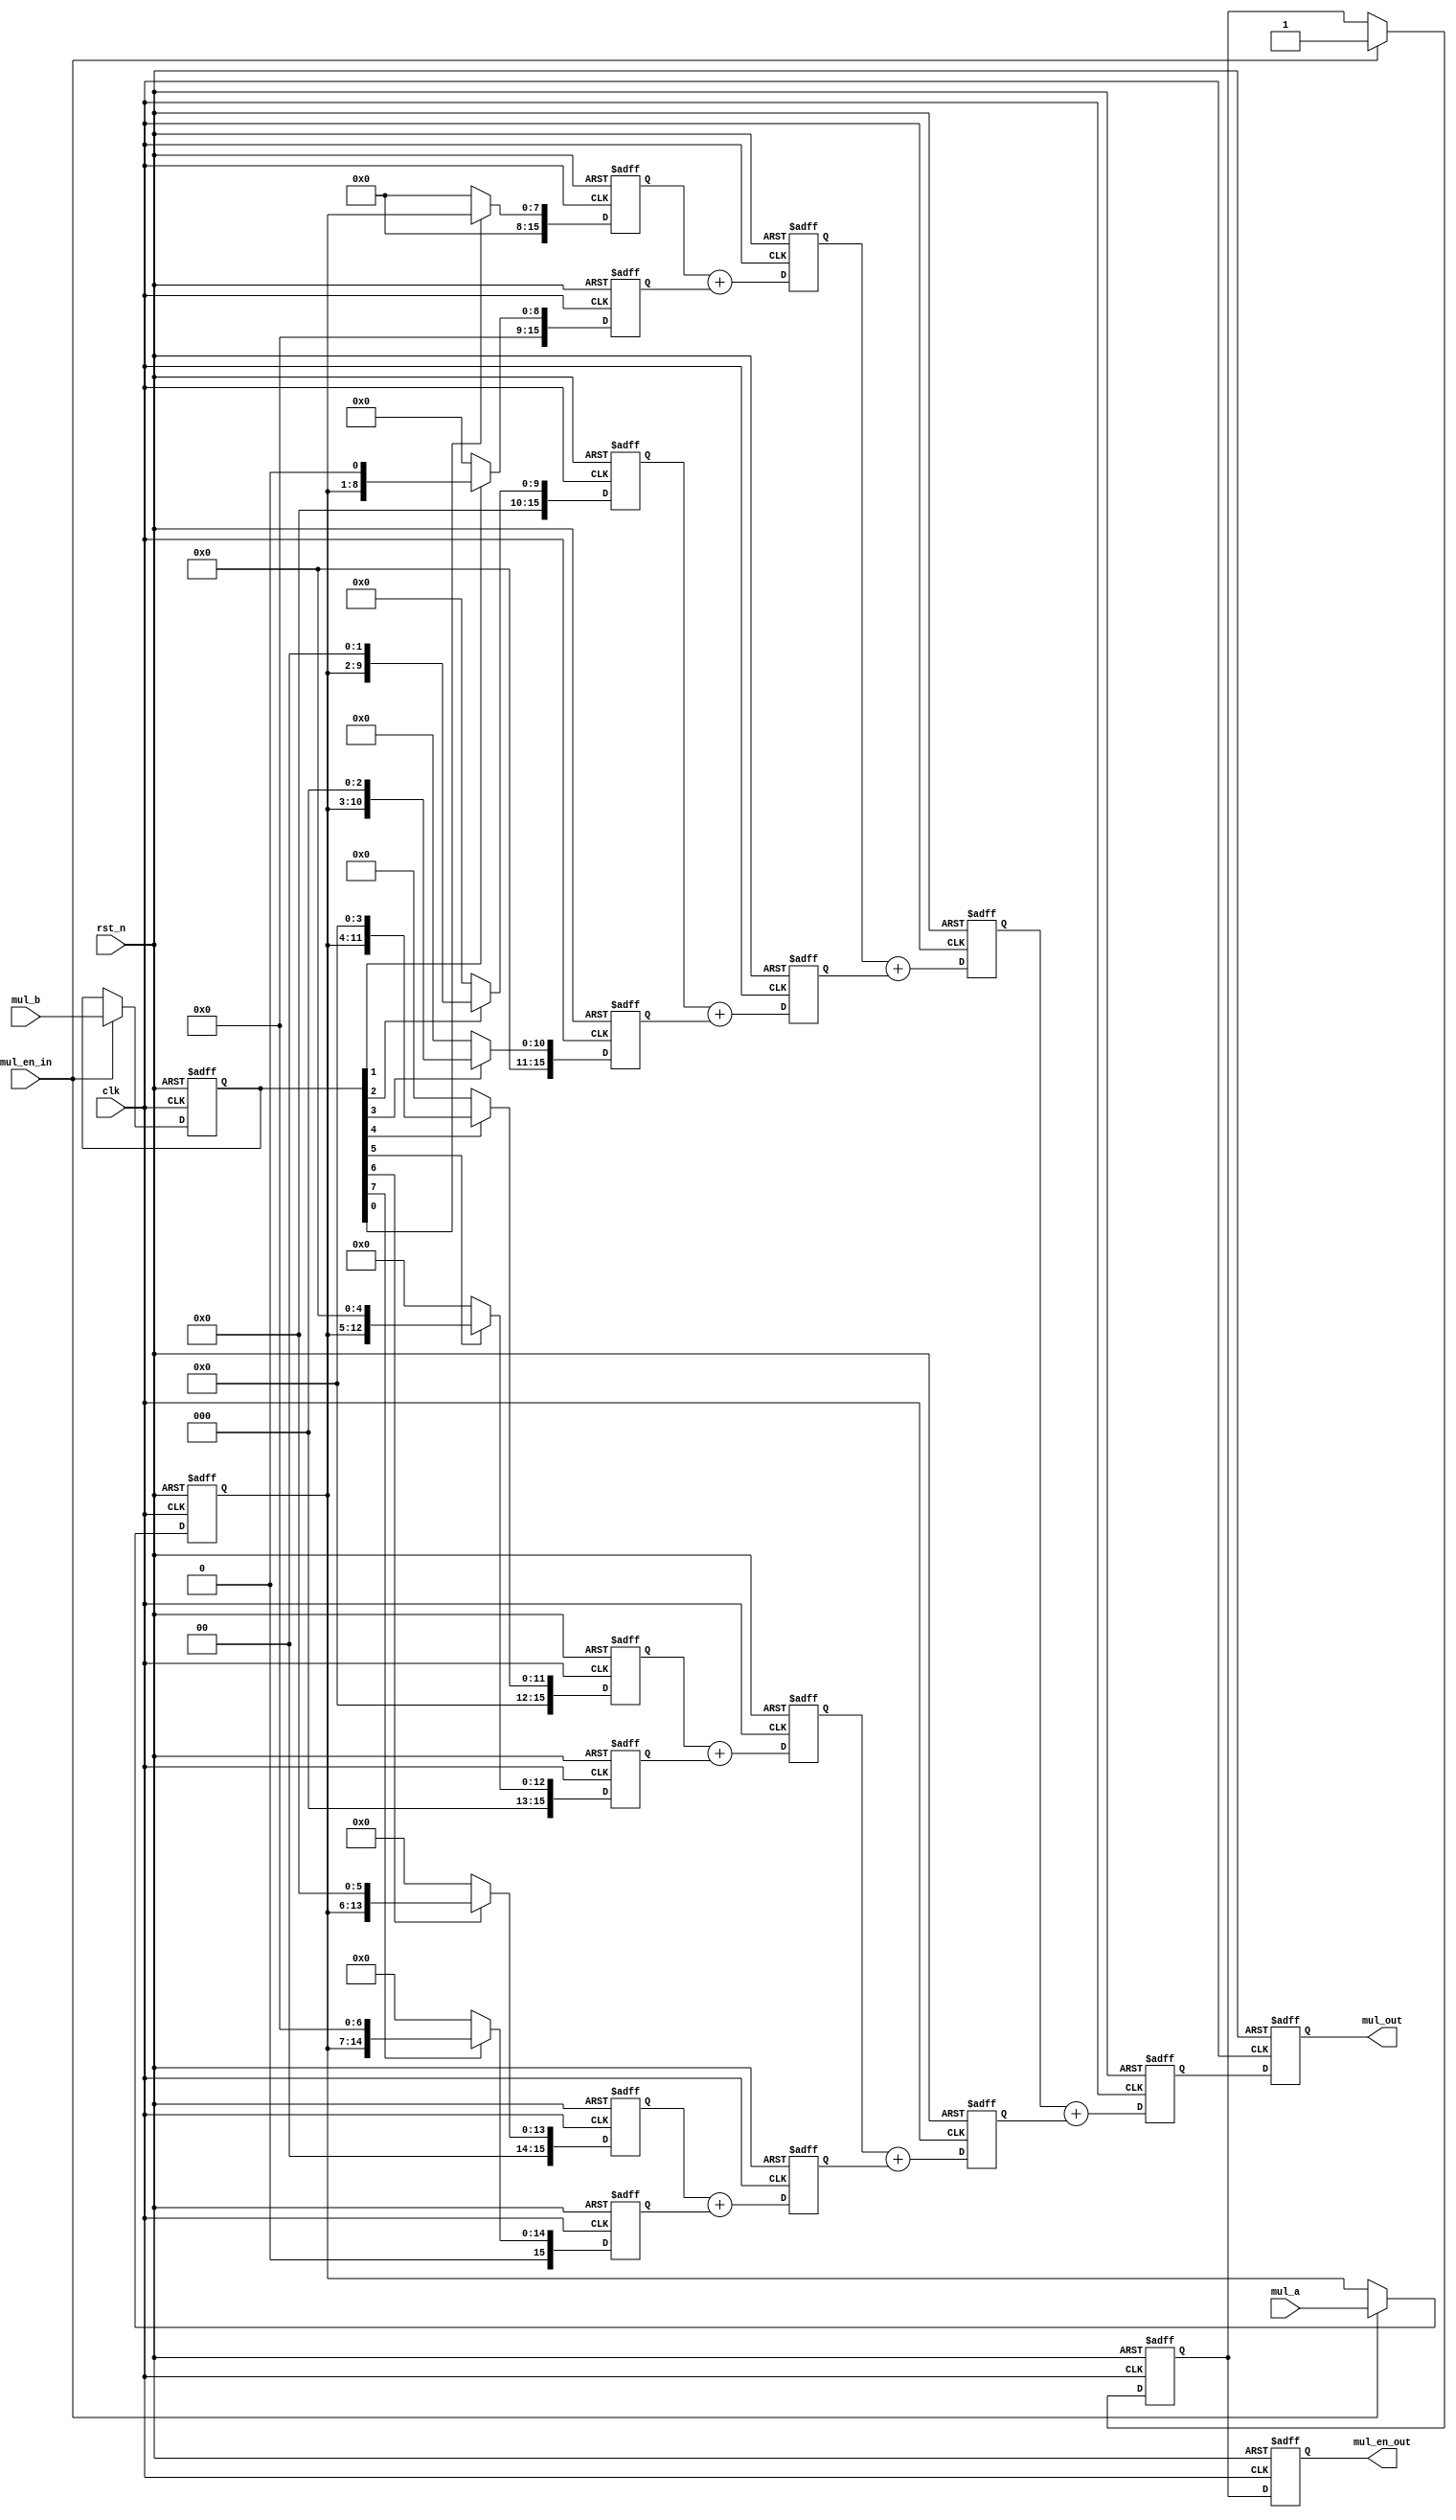
module multi_pipe_8bit(
    input wire clk,
    input wire rst_n,
    input wire mul_en_in,
    input wire [7:0] mul_a,
    input wire [7:0] mul_b,
    output reg mul_en_out,
    output reg [15:0] mul_out
);

    // Intermediate registers for pipelined stages
    reg [7:0] mul_a_reg, mul_b_reg;
    reg [15:0] partial_products [7:0];
    reg [15:0] sum [6:0]; // 7 intermediate sums
    reg mul_en_out_reg; // Register for mul_en_in signal

    // Input control logic
    always @(posedge clk or negedge rst_n) begin
        if (!rst_n) begin
            mul_a_reg <= 0;
            mul_b_reg <= 0;
            mul_en_out_reg <= 0;
        end else if (mul_en_in) begin
            mul_a_reg <= mul_a;
            mul_b_reg <= mul_b;
            mul_en_out_reg <= mul_en_in;
        end
    end

    // Generate partial products
    integer i;
    always @(posedge clk or negedge rst_n) begin
        if (!rst_n) begin
            for (i = 0; i < 8; i = i + 1) begin
                partial_products[i] <= 0;
            end
        end else begin
            for (i = 0; i < 8; i = i + 1) begin
                partial_products[i] <= mul_b_reg[i] ? (mul_a_reg << i) : 0;
            end
        end
    end

    // Calculate the intermediate sums
    always @(posedge clk or negedge rst_n) begin
        if (!rst_n) begin
            for (i = 0; i < 7; i = i + 1) begin
                sum[i] <= 0;
            end
        end else begin
            sum[0] <= partial_products[0] + partial_products[1];
            sum[1] <= partial_products[2] + partial_products[3];
            sum[2] <= partial_products[4] + partial_products[5];
            sum[3] <= partial_products[6] + partial_products[7];
            sum[4] <= sum[0] + sum[1];
            sum[5] <= sum[2] + sum[3];
            sum[6] <= sum[4] + sum[5];
        end
    end

    // Final product calculation
    always @(posedge clk or negedge rst_n) begin
        if (!rst_n) begin
            mul_out <= 0;
            mul_en_out <= 0;
        end else begin
            mul_out <= sum[6];
            mul_en_out <= mul_en_out_reg;
        end
    end

endmodule